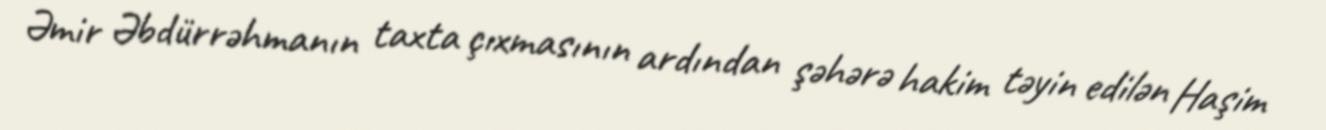
Əmir Əbdürrəhmanın taxta çıxmasının ardından şəhərə hakim təyin edilən Haşim